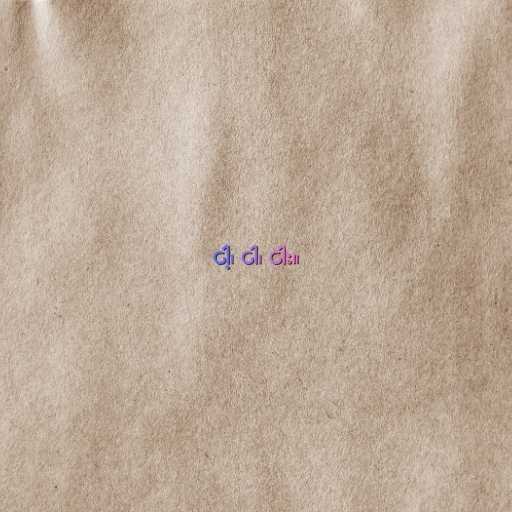
ငါ့၊ ငါ၊ ငါး။